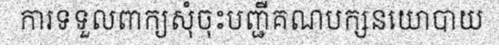
ការទទួលពាក្យសុំចុះបញ្ជីគណបក្សនយោបាយ